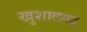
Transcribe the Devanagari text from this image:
खुशालगढ़